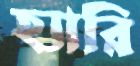
হ্যারি